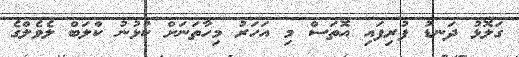
ގަލޮޅު ދަނޑު ފުރިފައި އޮތަސް މި އަހަރު މިހާތަނަށް ކުޅުނު ކްލަބް ލެވެލްގެ